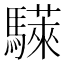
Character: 𫘗